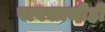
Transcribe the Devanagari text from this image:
पावसाचीही